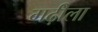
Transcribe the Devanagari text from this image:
गढ़ीला